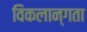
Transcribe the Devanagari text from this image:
विकलान्गता